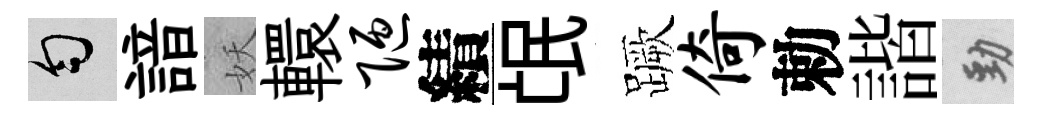
匀諳妖轘陋績氓蹶倚勅諧勁